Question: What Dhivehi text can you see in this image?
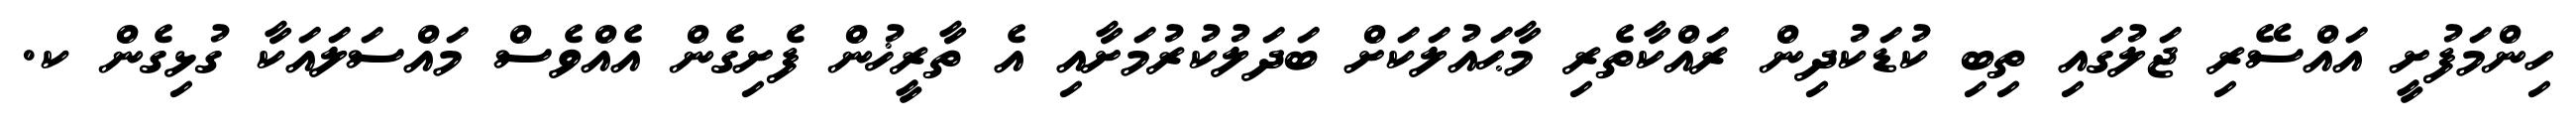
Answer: ހިންމަފުށީ އައްސޭރި ޖަލުގައި ތިބި ކުޑަކުދިން ރައްކާތެރި މާޙައުލަކަށް ބަދަލުކުރުމަށާއި އެ ތާރީޚުން ފެށިގެން އެއްވެސް މައްސަލައަކާ ގުޅިގެން ކ.